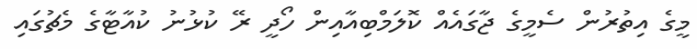
މީގެ އިތުރުން ސެމީގެ ޖާގައެއް ކޮލަމްބިއާއިން ހޯދީ ރޭ ކުޅުނު ކުއާޓާގެ މެޗުގައި